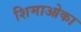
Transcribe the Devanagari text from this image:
शिमाओका